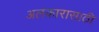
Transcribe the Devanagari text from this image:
अलंकारासाठी